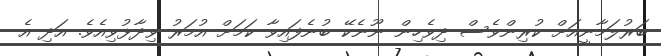
ބަރުލަމާނީއަށް ކުރިންވެސް ދިވެހިން ނޫނެކޭ ބުނެފައިވާ ކަމަށް އުމަރު ވިދާޅުވިއެވެ. އަދި އެ